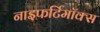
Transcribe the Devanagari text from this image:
नाइफर्टिमॉक्स